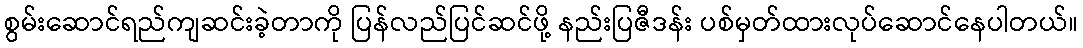
စွမ်းဆောင်ရည်ကျဆင်းခဲ့တာကို ပြန်လည်ပြင်ဆင်ဖို့ နည်းပြဇီဒန်း ပစ်မှတ်ထားလုပ်ဆောင်နေပါတယ်။